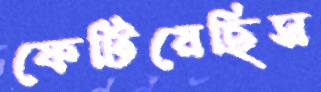
ফেটিয়েছিস